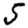
Digit: 5